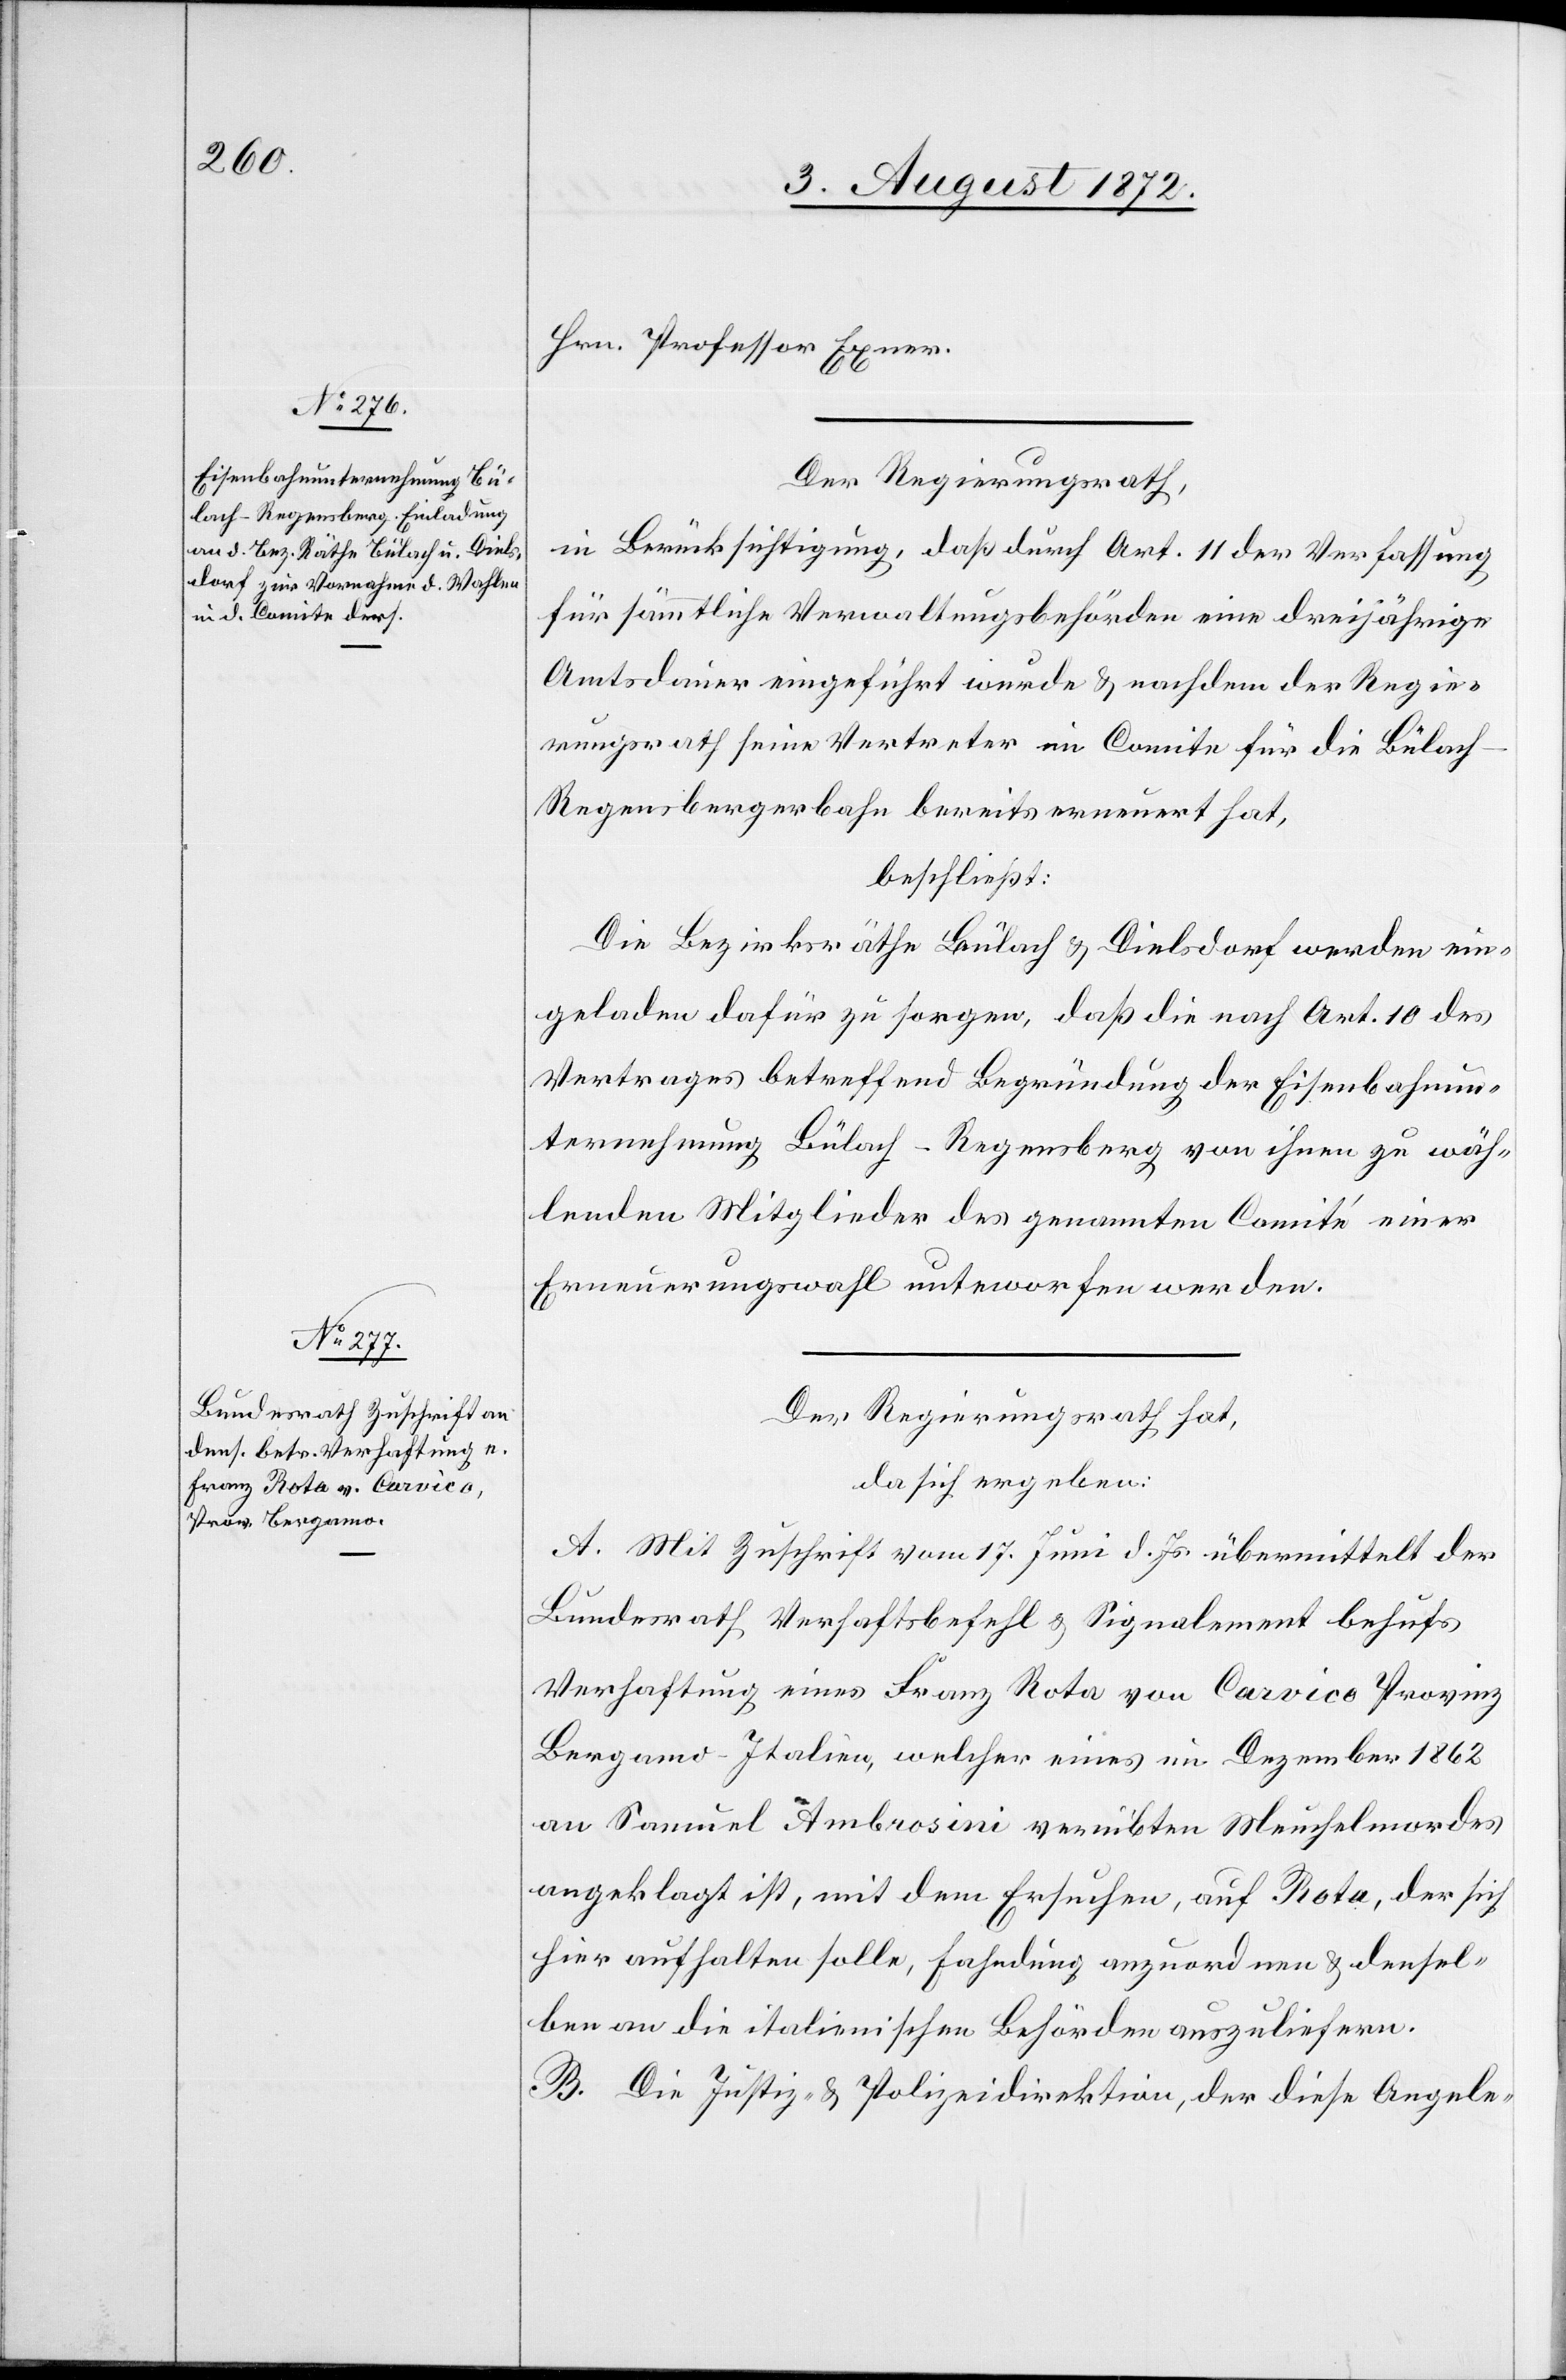
Hrn. Professor Exner.
Der Regierungsrath,
in Berücksichtigung, daß durch Art. 11 der Verfassung
für sämmtliche Verwaltungsbehörden eine dreijährige
Amtsdauer eingeführt wurde u. nachdem der Regie¬
rungsrath seine Vertreter im Comite für die Bülac¬
h–Regensbergerbahn bereits erneuert hat,
beschließt:
Die Bezirksräthe Bülach u. Dielsdorf werden ein¬
geladen dafür zu sorgen, daß die nach Art. 10 des
Vertrages betreffend Begründung der Eisenbahnun¬
ternehmung Bülach–Regensberg von ihnen zu wäh¬
lenden Mitglieder des genannten Comité einer
Erneuerungswahl unterworfen werden.
Der Regierungsrath hat,
da sich ergeben:
A. Mit Zuschrift vom 17. Juni d. Js. übermittelt der
Bundesrath Verhaftsbefehl u. Signalement behufs
Verhaftung eines Franz Rota von Carvico Provinz
Bergamo-Italien, welcher eines im Dezember 1862
an Samuel Ambrosini verübten Meuchelmordes
angeklagt ist, mit dem Ersuchen, auf Rota, der sich
hier aufhalten solle, Fahndung anzuordnen u. densel¬
ben an die italienischen Behörden auszuliefern.
B. Die Justiz- u. Polizeidirektion, der diese Angele-